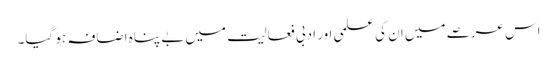
اس عرصے میں ان کی علمی اور ادبی فعالیت میں بے پناہ اضافہ ہو گیا۔